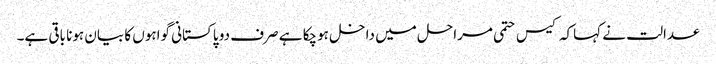
عدالت نے کہاکہ کیس حتمی مراحل میں داخل ہوچکا ہے صرف دو پاکستانی گواہوں کا بیان ہونا باقی ہے۔